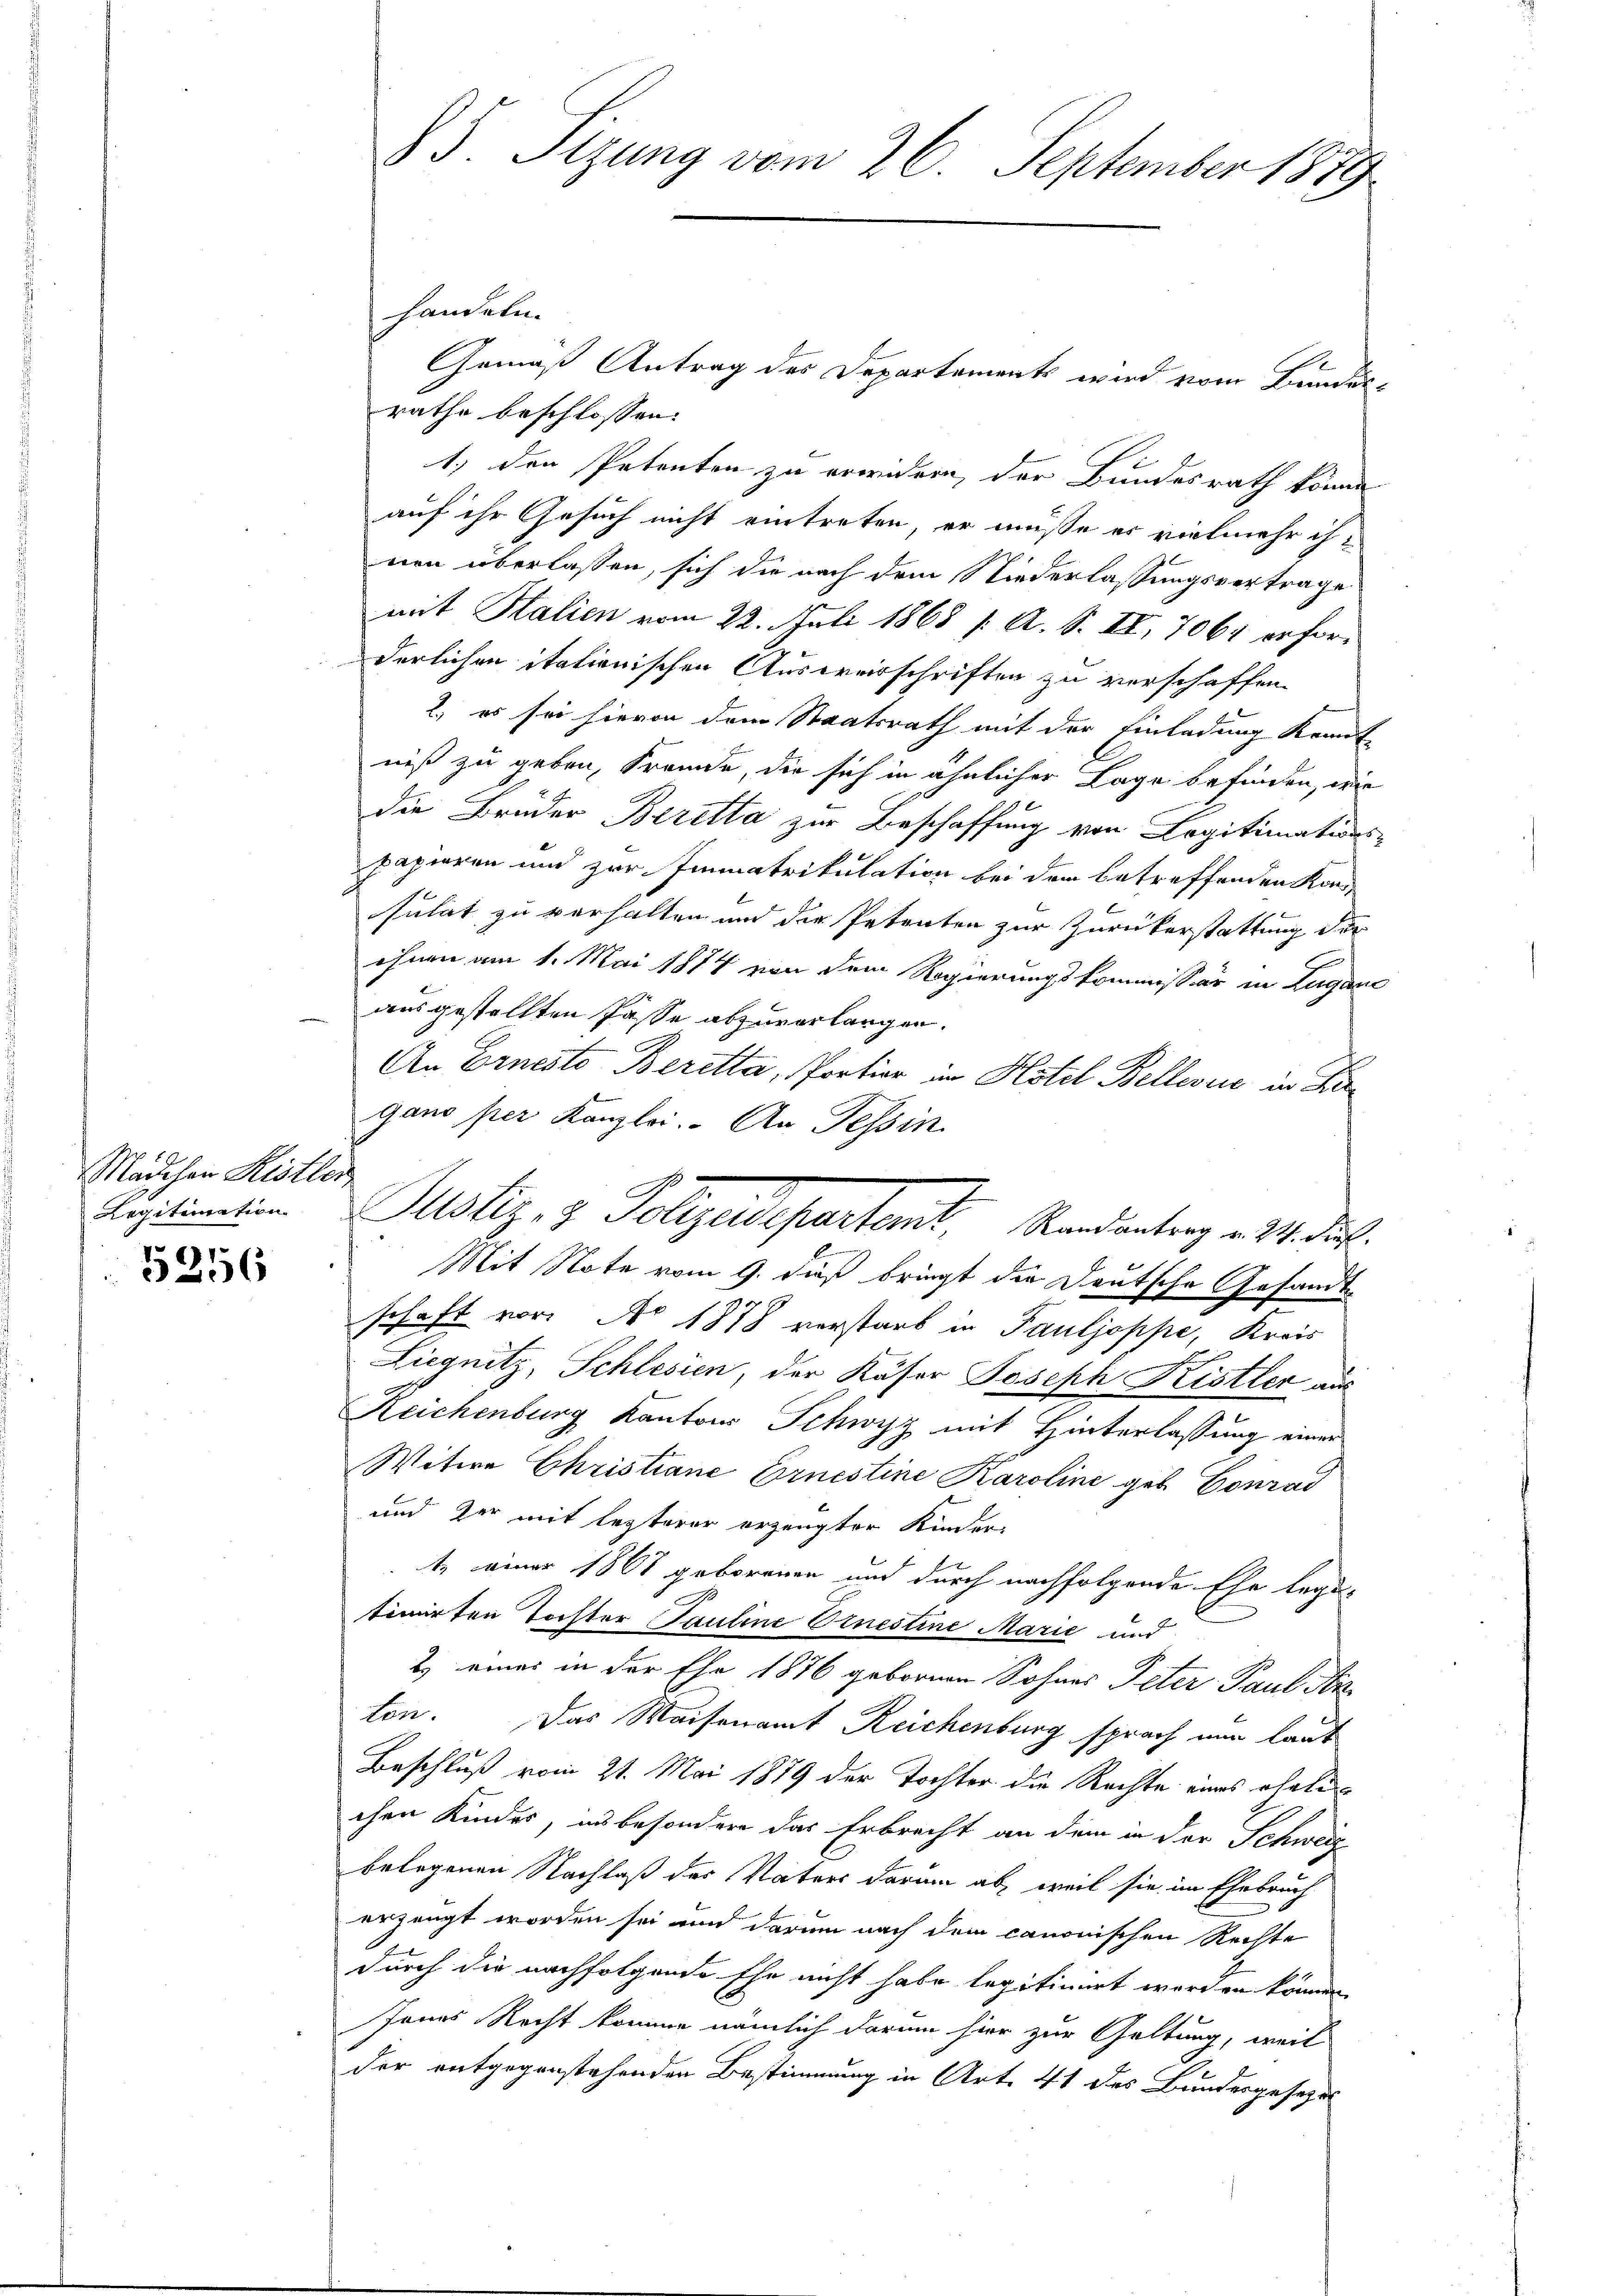
Mädchen Kistler
Legitimation

5256

handeln.
Gemäß Antrag des Departements wird vom Bundesrathe beschlossen:
1.) den Petenten zu erwidern der Bundesrath könne
auf ihr Gesuch nicht eintreten, er müße es vielmehr ihnen überlassen, sich die nach dem Niederlassungsvertrage
mit Halien vom 22. Juli 1868 /: A. S. II, 7064 erforderlichen itationischen Ausweisschriften zu verschaffen.
2., es sei hievon dem Staatsrath mit der Einladung Kennt
niß zu geben, Fremde, die sich in ähnlicher Lage befinden, wie
die Brüder Beretta zur Beschaffung von Legitimations-
papieren und zur Immatrikulation bei der betreffenden Kon
sulat zu verhalten und die Petenten zur Zurückerstattung der
ihnen am 1. Mai 1874 von dem Regierungskommissär in Lugano
ausgestellten Pässe abzuverlangen.
An Ernesto Beretta, Portier im Hotel Bellevue in Firgano per Kanzlei. An Tessin.
Mit Note vom 9. daß bringt die Deutsche Gesandt-
schaft vor. Ao 1878 verstarb in Pauljoppe, Kreis
Liegnitz, Schlesien, der Käser Joseph Kistler aus
Reichenburg Kantons Schwyz mit Hinterlassung einer
Witwe Christiane Ernestine Karoline geb. Conrad
und der mit lezterer erzeugter Kinder
1. einer 1861 geborenen und durch nachfolgende Ehe lege-
timirten Tochter Pauline Einestine Marie und
2) eines in der Ehe 1876 gebornen Sohnes Peter Paul An
ton. Das Waisenamt Reichenburg sprach nun laut
Beschluß vom 21. Mai 1879 der Tochter die Rechte eines eheli
chen Kindes, in besondere das Erbrecht an dem in der Schweiz
belegenen Nachlaß des Vaters darum ab, weil sie im Ehebruch
erzeugt worden sei und darum nach dem canonischen Rechte
durch die nachfolgende Ehe nicht habe legitimiert worden können
Jenes Recht komme nämlich darum hier zur Geltung, weil
der entgegenstehenden Bestimmung in Art. 41 des Bundesgeseze

85. Sizung vom 26. September 1889

Justiz- & Polizeidepartent. Kandenberg v. M. dat.